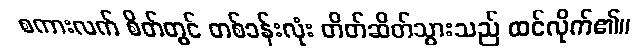
စကားလက် စိတ်တွင် တစ်ခန်းလုံး တိတ်ဆိတ်သွားသည် ထင်လိုက်၏။